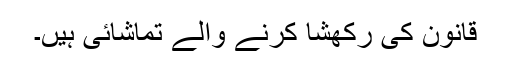
قانون کی رَکھشا کرنے والے تماشائی ہیں۔